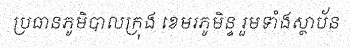
ប្រធានភូមិបាលក្រុង ខេមរភូមិន្ទ រួមទាំងស្ថាប័ន